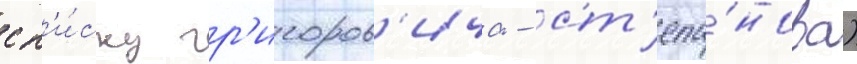
сп'и́ску гр'игоров'ича - ст'епа́нова)